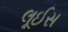
લૂઈસ